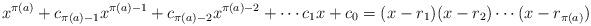
LaTeX: \begin{align*}x^{\pi(a)} + c_{\pi(a) - 1}x^{\pi(a) - 1} + c_{\pi(a) - 2}x^{\pi(a) - 2} + \cdots c_1x + c_0 = (x - r_1)(x - r_2)\cdots(x - r_{\pi(a)})\end{align*}